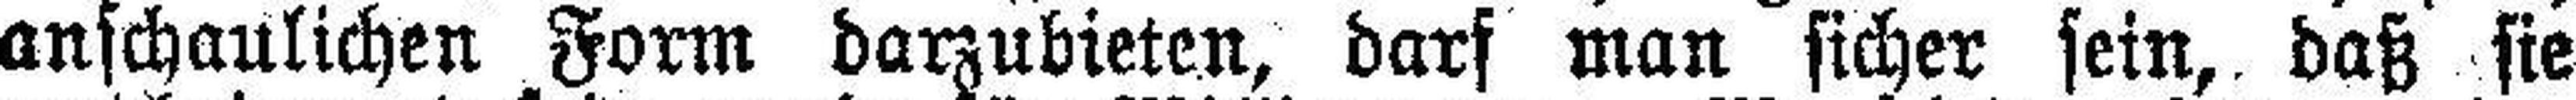
anschaulichen Form darzubieten, darf man sicher sein, daß sie